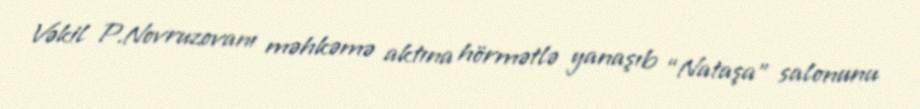
Vəkil P.Novruzovanı məhkəmə aktına hörmətlə yanaşıb “Nataşa” salonunu